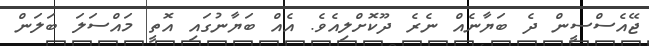
ޖޭއެސްސީން ދެ ބަޔާނެއް ނެރެ ދޫކޮށްލިއެވެ. އެެއް ބަޔާނުގައި އޮތީ މައްސަލަ ބަލަން